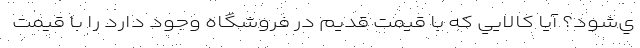
ي‌شود؟ آيا كالايي كه با قيمت قديم در فروشگاه وجود دارد را با قيمت